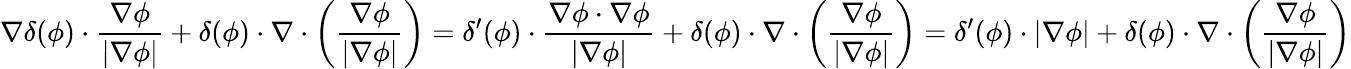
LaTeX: \nabla\delta(\phi)\cdot\frac{\nabla\phi}{|\nabla\phi|}+\delta(\phi)\cdot\nabla\cdot\left(\frac{\nabla\phi}{|\nabla\phi|}\right)=\delta^{\prime}(\phi)\cdot\frac{\nabla\phi\cdot\nabla\phi}{|\nabla\phi|}+\delta(\phi)\cdot\nabla\cdot\left(\frac{\nabla\phi}{|\nabla\phi|}\right)=\delta^{\prime}(\phi)\cdot|\nabla\phi|+\delta(\phi)\cdot\nabla\cdot\left(\frac{\nabla\phi}{|\nabla\phi|}\right)